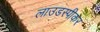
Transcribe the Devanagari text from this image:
लाउडस्‍पीकर